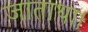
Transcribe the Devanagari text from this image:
जाताथा।